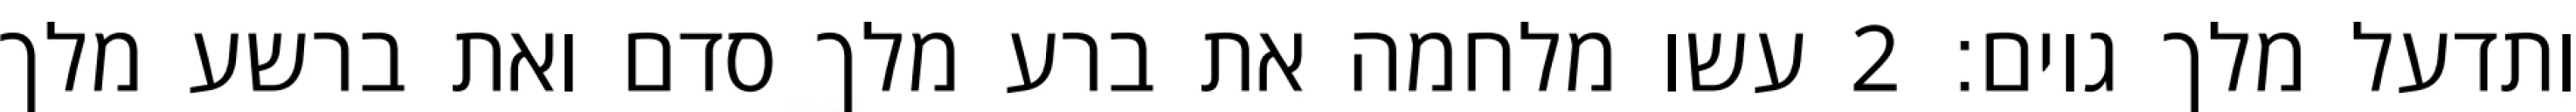
ותדעל מלך גוים׃ ‎2‏ עשו מלחמה את ברע מלך סדם ואת ברשע מלך